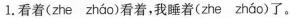
1.看\underset{·}{着}(zhe zháū )看着，我睡\underset{·}{着}(zhe zháo )了。